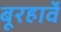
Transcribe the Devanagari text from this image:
बूरहार्वे